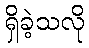
ရှိခဲ့သလို